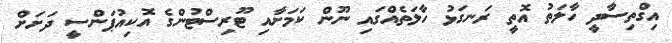
އިގްތިސާދީ ހާލަތު އޮތީ ރަނގަޅު ހާލަތެއްގައި ނޫން ކަމަށާއި ޓޫރިސްޓުންގެ އޮކިއުޕަންސީ ދަށަށް